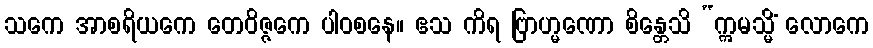
သကေ အာစရိယကေ တေဝိဇ္ဇကေ ပါဝစနေ။ ဧသ ကိရ ဗြာဟ္မဏော စိန္တေသိ “ဣမသ္မိံ လောကေ